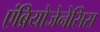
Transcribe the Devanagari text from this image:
एंब्रियोजेनेसिस